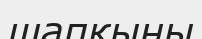
шапқыны